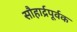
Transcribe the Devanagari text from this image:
सौहार्द्रपूर्वक